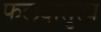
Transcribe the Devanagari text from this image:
फलदातृत्व